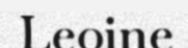
Leoine